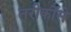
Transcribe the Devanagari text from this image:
तरीकोंसे